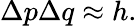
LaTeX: \Delta p\Delta q\approx h.